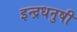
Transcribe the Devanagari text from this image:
इन्‍द्रधनुषी